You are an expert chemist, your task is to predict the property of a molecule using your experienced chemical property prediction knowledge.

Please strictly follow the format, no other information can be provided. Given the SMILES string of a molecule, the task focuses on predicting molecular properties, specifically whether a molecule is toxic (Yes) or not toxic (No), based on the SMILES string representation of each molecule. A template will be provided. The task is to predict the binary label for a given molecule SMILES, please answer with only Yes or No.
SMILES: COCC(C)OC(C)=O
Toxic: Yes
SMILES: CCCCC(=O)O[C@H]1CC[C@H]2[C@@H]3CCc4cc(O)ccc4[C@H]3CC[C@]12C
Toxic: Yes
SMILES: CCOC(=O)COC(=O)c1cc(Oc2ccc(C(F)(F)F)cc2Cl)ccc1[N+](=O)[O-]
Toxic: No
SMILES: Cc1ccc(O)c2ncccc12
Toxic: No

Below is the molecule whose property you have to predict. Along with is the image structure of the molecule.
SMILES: O=S(=O)([O-])OOS(=O)(=O)[O-]
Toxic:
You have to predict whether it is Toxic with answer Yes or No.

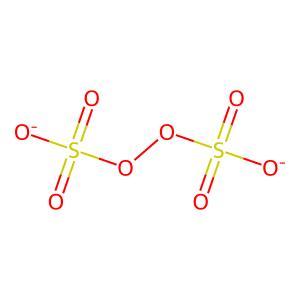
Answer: No